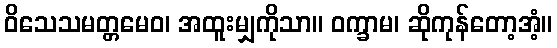
ဝိသေသမတ္တမေဝ၊ အထူးမျှကိုသာ။ ဝက္ခာမ၊ ဆိုကုန်တော့အံ့။